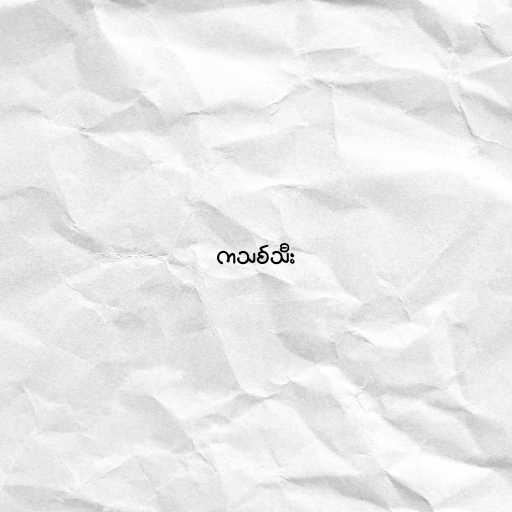
ကသစ်သီး